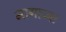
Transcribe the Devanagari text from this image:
मागाच्या